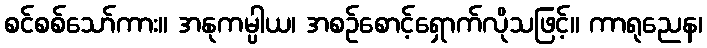
စင်စစ်သော်ကား။ အနုကမ္ပါယ၊ အစဉ်စောင့်ရှောက်လိုသဖြင့်။ ကာရုညေန၊